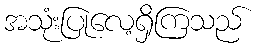
အသုံးပြုလေ့ရှိကြသည်